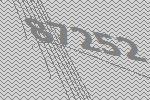
87252